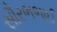
સૌરભભાઈ